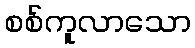
စစ်ကူလာသော